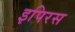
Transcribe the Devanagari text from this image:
इपिरस